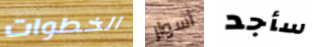
الخطوات أسوار سأجد